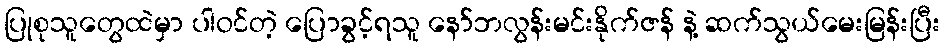
ပြုစုသူတွေထဲမှာ ပါဝင်တဲ့ ပြောခွင့်ရသူ နော်ဘလွန်းမင်းနိုက်ဇန် နဲ့ ဆက်သွယ်မေးမြန်းပြီး